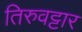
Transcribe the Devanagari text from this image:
तिरुवट्टार